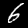
Label: 6